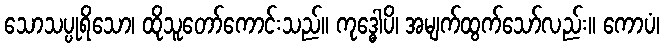
သောသပ္ပုရိသော၊ ထိုသူတော်ကောင်းသည်။ ကုဒ္ဓေါပိ၊ အမျက်ထွက်သော်လည်း။ ကောပံ၊